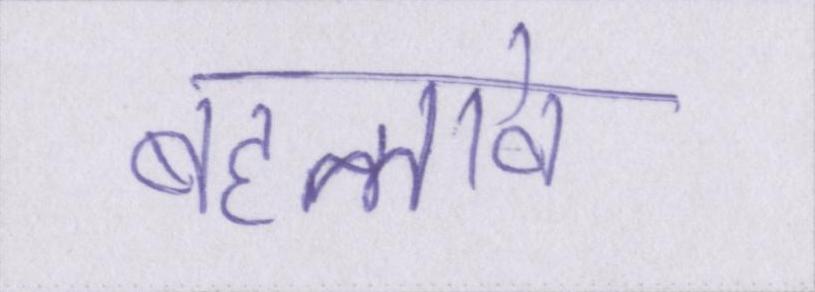
बहलावे